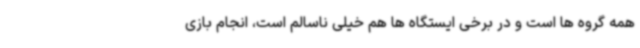
همه گروه ها است و در برخی ایستگاه ها هم خیلی ناسالم است، انجام بازی